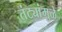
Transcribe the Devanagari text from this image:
तंट्यांमुळे